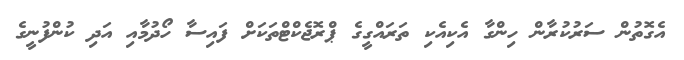
އެގޮތުން ސަރުކުރާން ހިންގާ އެކިއެކި ތަރައްގީގެ ޕްރޮޖެކްޓްތަކަށް ފައިސާ ހޯދުމާއި އަދި ކުންފުނީގެ